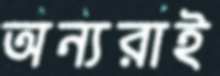
অন্যরাই